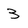
Character: 3